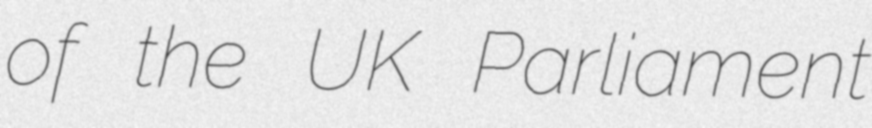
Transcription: of the UK Parliament